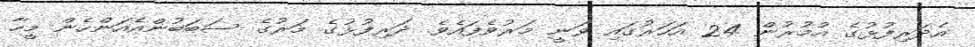
އެދަރިފުޅުގެ އުމުރުން 24 އަހަރުގައި ވަނީ މަަރުވެފައެވެ. ދަރިފުޅުގެ މަރުގެ ސަބަބުންއެއަންހެން މީހާ